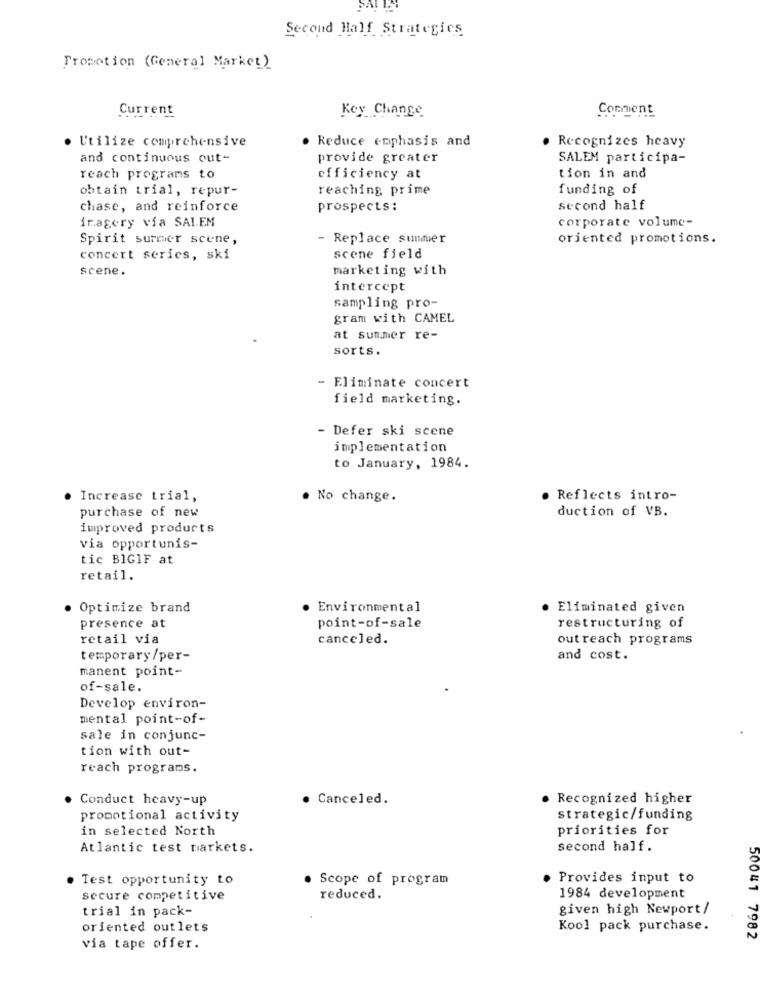
Second Half Strategics
Promotion (General Market)
Current
Key Change
Conmient
Utilize comprehensive
Reduce emphasis and
Recognizes heavy
and continuous out-
provide greater
SALEM participa-
reach programs to
efficiency at
tion in and
obtain trial, repur-
reaching prime
funding of
chase, and reinforce
prospects:
second half
imagery via SALEM
corporate volume-
Spirit surmer scene,
- Replace summer
oriented promotions.
concert series, ski
scene field
scene.
marketing with
intercept
sampling pro-
gram with CAMEL
at summer re-
sorts.
- Eliminate concert
field marketing.
- Defer ski scene
implementation
to January, 1984.
Increase trial,
. No change.
Reflects intro-
purchase of new
duction of VB.
improved products
via opportunis-
tic BIGIF at
retail.
Optimize brand
· Environmental
Eliminated given
presence at
point-of-sale
restructuring of
retail via
canceled.
out reach programs
temporary/per-
and cost.
manent point-
of-sale.
Develop environ-
mental point-of-
sale in conjunc-
tion with out-
reach programs.
· Conduct heavy-up
· Canceled.
· Recognized higher
promotional activity
strategic/funding
in selected North
priorities for
Atlantic test markets.
second half.
Test opportunity to
· Scope of program
· Provides input to
secure competitive
reduced.
1984 development
trial in pack-
given high Newport /
oriented outlets
Kool pack purchase.
50041 7982
via tape offer.